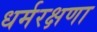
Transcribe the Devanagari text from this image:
धर्मरक्षणा